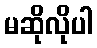
မဆိုလိုပါ